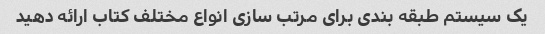
یک سیستم طبقه بندی برای مرتب سازی انواع مختلف کتاب ارائه دهید